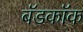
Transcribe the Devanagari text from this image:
बॅडकॉक